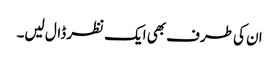
ان کی طرف بھی ایک نظر ڈال لیں۔